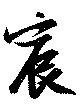
宸